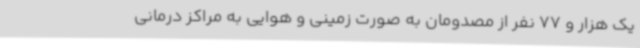
یک هزار و 77 نفر از مصدومان به صورت زمینی و هوایی به مراکز درمانی